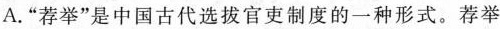
A. ”荐举”是中国古代选拔官吏制度的一种形式。荐举